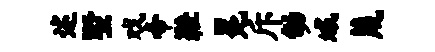
述墅戏帝鞋冕斥幼域蔑